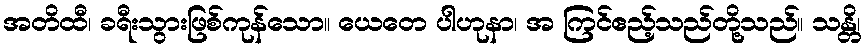
အတိထီ၊ ခရီးသွားဖြစ်ကုန်သော။ ယေတေ ပါဟုနာ၊ အ ကြင်ဧည့်သည်တို့သည်။ သန္တိ၊